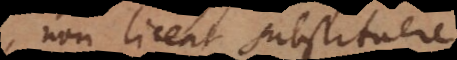
non liceat substituere